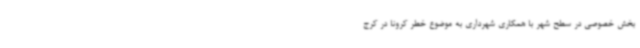
بخش خصوصی در سطح شهر با همکاری شهرداری به موضوع خطر کرونا در کرج